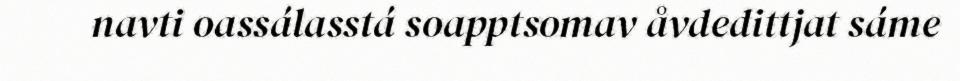
navti oassálasstá soapptsomav åvdedittjat sáme